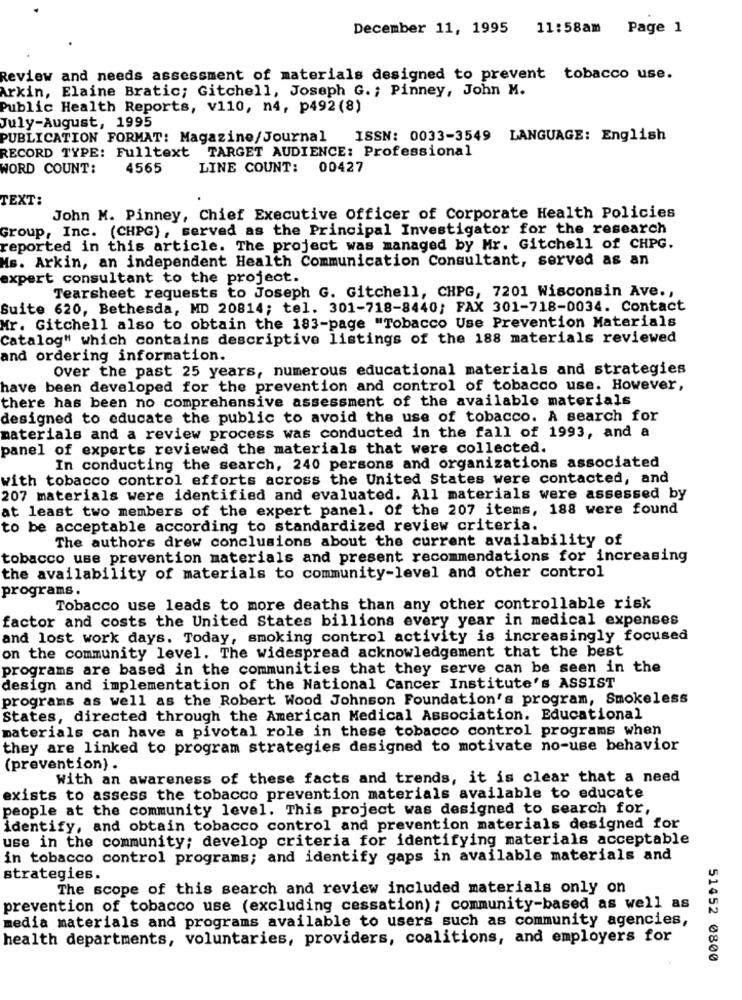
December 11, 1995 11:58am Page 1
Review and needs assessment of materials designed to prevent tobacco use.
Arkin, Elaine Bratic; Gitchell, Joseph G. ; Pinney, John M.
Public Health Reports, v110, n4, p492 (8)
July-August, 1995
PUBLICATION FORMAT: Magazine/Journal
ISSN: 0033-3549 LANGUAGE: English
RECORD TYPE: Fulltext TARGET AUDIENCE: Professional
WORD COUNT:
4565
LINE COUNT:
00427
TEXT:
John M. Pinney, Chief Executive officer of Corporate Health Policies
Group, Inc. (CHPG) , served as the Principal Investigator for the research
reported in this article. The project was managed by Mr. Gitchell of CHPG.
Ms. Arkin, an independent Health Communication Consultant, served as an
expert consultant to the project.
Tearsheet requests to Joseph G. Gitchell, CHPG, 7201 Wisconsin Ave .,
Suite 620, Bethesda, MD 20814; tel. 301-718-8440; FAX 301-718-0034. Contact
Mr. Gitchell also to obtain the 183-page "Tobacco Use Prevention Materials
Catalog" which contains descriptive listings of the 188 materials reviewed
and ordering information.
Over the past 25 years, numerous educational materials and strategies
have been developed for the prevention and control of tobacco use. However,
there has been no comprehensive assessment of the available materials
designed to educate the public to avoid the use of tobacco. A search for
materials and a review process was conducted in the fall of 1993, and a
panel of experts reviewed the materials that were collected.
In conducting the search, 240 persons and organizations associated
with tobacco control efforts across the United States were contacted, and
207 materials were identified and evaluated. All materials were assessed by
at least two members of the expert panel. Of the 207 items, 188 were found
to be acceptable according to standardized review criteria.
The authors drew conclusions about the current availability of
tobacco use prevention materials and present recommendations for increasing
the availability of materials to community-level and other control
programs.
Tobacco use leads to more deaths than any other controllable risk
factor and costs the United States billions every year in medical expenses
and lost work days. Today, smoking control activity is increasingly focused
on the community level. The widespread acknowledgement that the best
programs are based in the communities that they serve can be seen in the
design and implementation of the National Cancer Institute's ASSIST
programs as well as the Robert Wood Johnson Foundation's program, Smokeless
States, directed through the American Medical Association. Educational
materials can have a pivotal role in these tobacco control programs when
they are linked to program strategies designed to motivate no-use behavior
(prevention) .
With an awareness of these facts and trends, it is clear that a need
exists to assess the tobacco prevention materials available to educate
people at the community level. This project was designed to search for,
identify, and obtain tobacco control and prevention materials designed for
use in the community; develop criteria for identifying materials acceptable
in tobacco control programs; and identify gaps in available materials and
strategies.
The scope of this search and review included materials only on
prevention of tobacco use (excluding cessation) ; community-based as well as
media materials and programs available to users such as community agencies,
health departments, voluntaries, providers, coalitions, and employers for
51452 0800